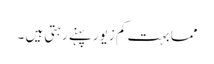
مما بہت کم زیور پہنے رہتی ہیں ۔